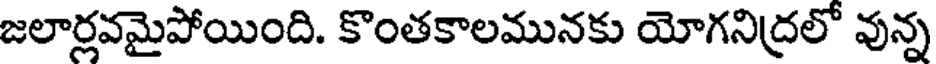
జలార్లవమైపోయింది. కొంతకాలమునకు యోగనిద్రలో వున్న